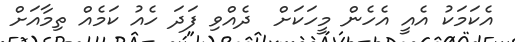
އެކަމަކު އެއީ އެހެން މީހަކަށް  ދެއްވި ފަދަ ހެއު ކަމެއް ތިމާއަށް